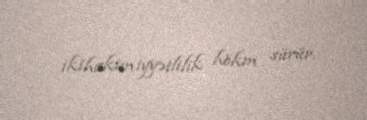
ikihakimiyyətlilik hökm sürür.